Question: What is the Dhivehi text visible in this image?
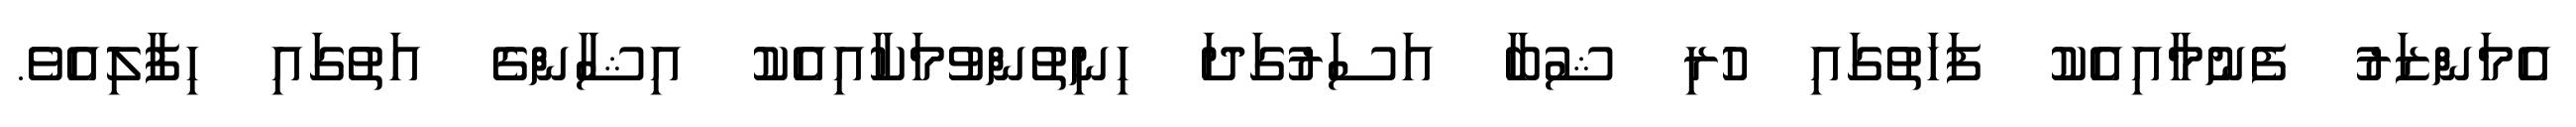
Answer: އެމަންޒަރު ފެނުމާއިއެކު ފަހަތުގައި ހުރި ޝުބާ އަސަރުގަދަ ހިނިތުންވުމަކާއިއެކު އިޝާންގެ އަތުގައި ހިފާލިއެވެ.